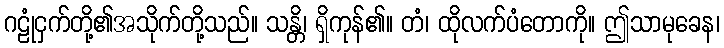
ဂဠုံငှက်တို့၏အသိုက်တို့သည်။ သန္တိ၊ ရှိကုန်၏။ တံ၊ ထိုလက်ပံတောကို။ ဤသာမုခေန၊